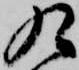
九